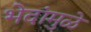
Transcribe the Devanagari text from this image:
भेदांमुळे